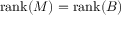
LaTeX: \operatorname { r a n k } ( M ) = \operatorname { r a n k } ( B )